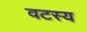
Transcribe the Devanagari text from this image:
वटस्य